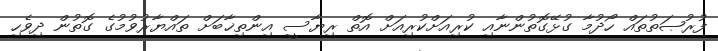
ފުރުޞަތުތައް ހޯދުމާ ގުޅޭގޮތުންނާއި ކުރިއަށްކުރިއަށް އޮތް ރިޔާސީ އިންތިޚާބަށް ތައްޔާރުވުމުގެ ގޮތުން ދިވެހި